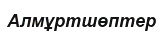
Алмұртшөптер